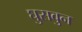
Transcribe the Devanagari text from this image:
घुसवुन